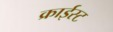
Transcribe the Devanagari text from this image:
क्राईस्ट